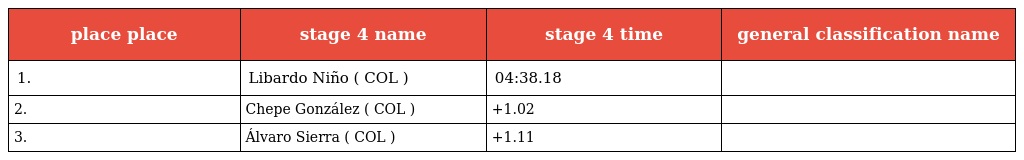
| place place | stage 4 name | stage 4 time | general classification name |
 | --- | --- | --- | --- |
 | 1. | Libardo Niño ( COL ) | 04:38.18 |  |
 | 2. | Chepe González ( COL ) | +1.02 |  |
 | 3. | Álvaro Sierra ( COL ) | +1.11 |  |